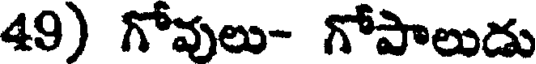
49) గోవులు- గోపాలుడు